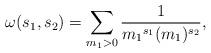
LaTeX: \begin{align*} \omega(s_1, s_{2}) = \sum_{m_1 >0} \frac{1}{{m_1}^{s_1}(m_1)^{s_{2}}},\end{align*}